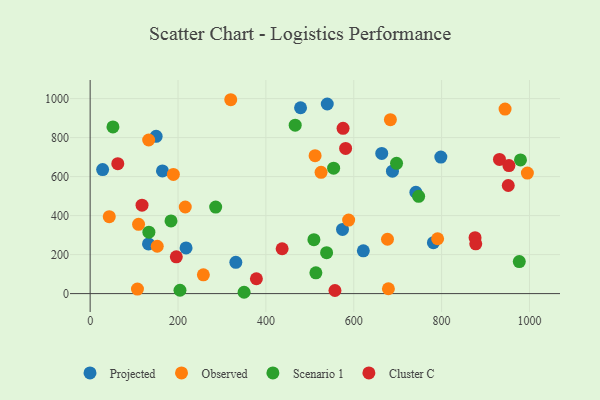
{"axis": {"x": "Speed", "y": "Fuel Efficiency"}, "legend": ["Cluster C", "Observed", "Projected", "Scenario 1"], "data": [{"x": "688.1", "y": 627.7, "type": "Projected"}, {"x": "150.2", "y": 806.8, "type": "Projected"}, {"x": "574.4", "y": 329.1, "type": "Projected"}, {"x": "164.6", "y": 629.4, "type": "Projected"}, {"x": "132.8", "y": 254.8, "type": "Projected"}, {"x": "741.4", "y": 519.8, "type": "Projected"}, {"x": "539.7", "y": 972.5, "type": "Projected"}, {"x": "28.4", "y": 636.1, "type": "Projected"}, {"x": "621.8", "y": 219.4, "type": "Projected"}, {"x": "331.6", "y": 160.2, "type": "Projected"}, {"x": "218.3", "y": 234.3, "type": "Projected"}, {"x": "663.7", "y": 719.1, "type": "Projected"}, {"x": "478.9", "y": 953.1, "type": "Projected"}, {"x": "798.2", "y": 700.4, "type": "Projected"}, {"x": "781.3", "y": 261.1, "type": "Projected"}, {"x": "320.0", "y": 994.3, "type": "Observed"}, {"x": "676.8", "y": 278.8, "type": "Observed"}, {"x": "107.7", "y": 23.2, "type": "Observed"}, {"x": "944.4", "y": 946.6, "type": "Observed"}, {"x": "525.6", "y": 621.9, "type": "Observed"}, {"x": "588.4", "y": 377.1, "type": "Observed"}, {"x": "152.7", "y": 242.9, "type": "Observed"}, {"x": "110.2", "y": 355.3, "type": "Observed"}, {"x": "995.2", "y": 618.1, "type": "Observed"}, {"x": "678.9", "y": 24.8, "type": "Observed"}, {"x": "257.7", "y": 96.3, "type": "Observed"}, {"x": "133.2", "y": 787.8, "type": "Observed"}, {"x": "43.5", "y": 394.5, "type": "Observed"}, {"x": "790.9", "y": 281.3, "type": "Observed"}, {"x": "216.5", "y": 444.2, "type": "Observed"}, {"x": "189.4", "y": 611.2, "type": "Observed"}, {"x": "683.4", "y": 892.0, "type": "Observed"}, {"x": "512.0", "y": 707.2, "type": "Observed"}, {"x": "697.4", "y": 668.2, "type": "Scenario 1"}, {"x": "466.7", "y": 863.8, "type": "Scenario 1"}, {"x": "285.7", "y": 444.0, "type": "Scenario 1"}, {"x": "513.8", "y": 106.3, "type": "Scenario 1"}, {"x": "51.9", "y": 854.9, "type": "Scenario 1"}, {"x": "204.5", "y": 17.2, "type": "Scenario 1"}, {"x": "976.8", "y": 164.1, "type": "Scenario 1"}, {"x": "133.7", "y": 314.8, "type": "Scenario 1"}, {"x": "747.7", "y": 498.9, "type": "Scenario 1"}, {"x": "554.2", "y": 643.2, "type": "Scenario 1"}, {"x": "509.3", "y": 276.8, "type": "Scenario 1"}, {"x": "350.4", "y": 6.8, "type": "Scenario 1"}, {"x": "184.0", "y": 372.7, "type": "Scenario 1"}, {"x": "979.5", "y": 685.7, "type": "Scenario 1"}, {"x": "538.2", "y": 209.8, "type": "Scenario 1"}, {"x": "876.1", "y": 286.7, "type": "Cluster C"}, {"x": "557.2", "y": 16.0, "type": "Cluster C"}, {"x": "951.7", "y": 554.3, "type": "Cluster C"}, {"x": "118.1", "y": 453.5, "type": "Cluster C"}, {"x": "437.0", "y": 230.1, "type": "Cluster C"}, {"x": "196.1", "y": 188.8, "type": "Cluster C"}, {"x": "575.7", "y": 847.7, "type": "Cluster C"}, {"x": "581.5", "y": 744.6, "type": "Cluster C"}, {"x": "378.4", "y": 76.2, "type": "Cluster C"}, {"x": "931.7", "y": 687.9, "type": "Cluster C"}, {"x": "877.7", "y": 255.2, "type": "Cluster C"}, {"x": "62.9", "y": 666.2, "type": "Cluster C"}, {"x": "953.2", "y": 656.8, "type": "Cluster C"}]}